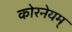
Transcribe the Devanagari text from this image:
कोरनेयम्